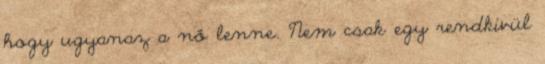
hogy ugyanaz a nő lenne. Nem csak egy rendkívül